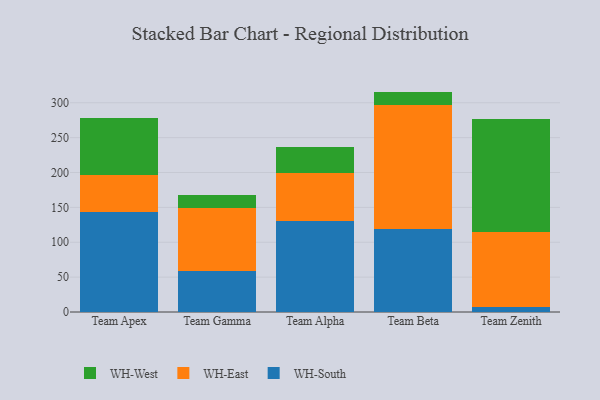
{"axis": {"x": "Team", "y": "Waste Production (Tons)"}, "legend": ["WH-East", "WH-South", "WH-West"], "data": [{"x": "Team Apex", "y": 143.0, "type": "WH-South"}, {"x": "Team Apex", "y": 53.9, "type": "WH-East"}, {"x": "Team Apex", "y": 81.5, "type": "WH-West"}, {"x": "Team Gamma", "y": 58.7, "type": "WH-South"}, {"x": "Team Gamma", "y": 90.5, "type": "WH-East"}, {"x": "Team Gamma", "y": 17.9, "type": "WH-West"}, {"x": "Team Alpha", "y": 130.1, "type": "WH-South"}, {"x": "Team Alpha", "y": 68.7, "type": "WH-East"}, {"x": "Team Alpha", "y": 37.5, "type": "WH-West"}, {"x": "Team Beta", "y": 119.0, "type": "WH-South"}, {"x": "Team Beta", "y": 178.3, "type": "WH-East"}, {"x": "Team Beta", "y": 18.7, "type": "WH-West"}, {"x": "Team Zenith", "y": 7.4, "type": "WH-South"}, {"x": "Team Zenith", "y": 107.5, "type": "WH-East"}, {"x": "Team Zenith", "y": 161.7, "type": "WH-West"}]}